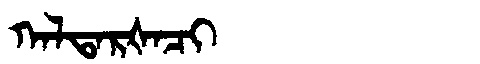
Manchu: ᡴᠠᠯᡨᠠᡵᡧᠠᠴᡳ
Romanization: KALTARŠACI